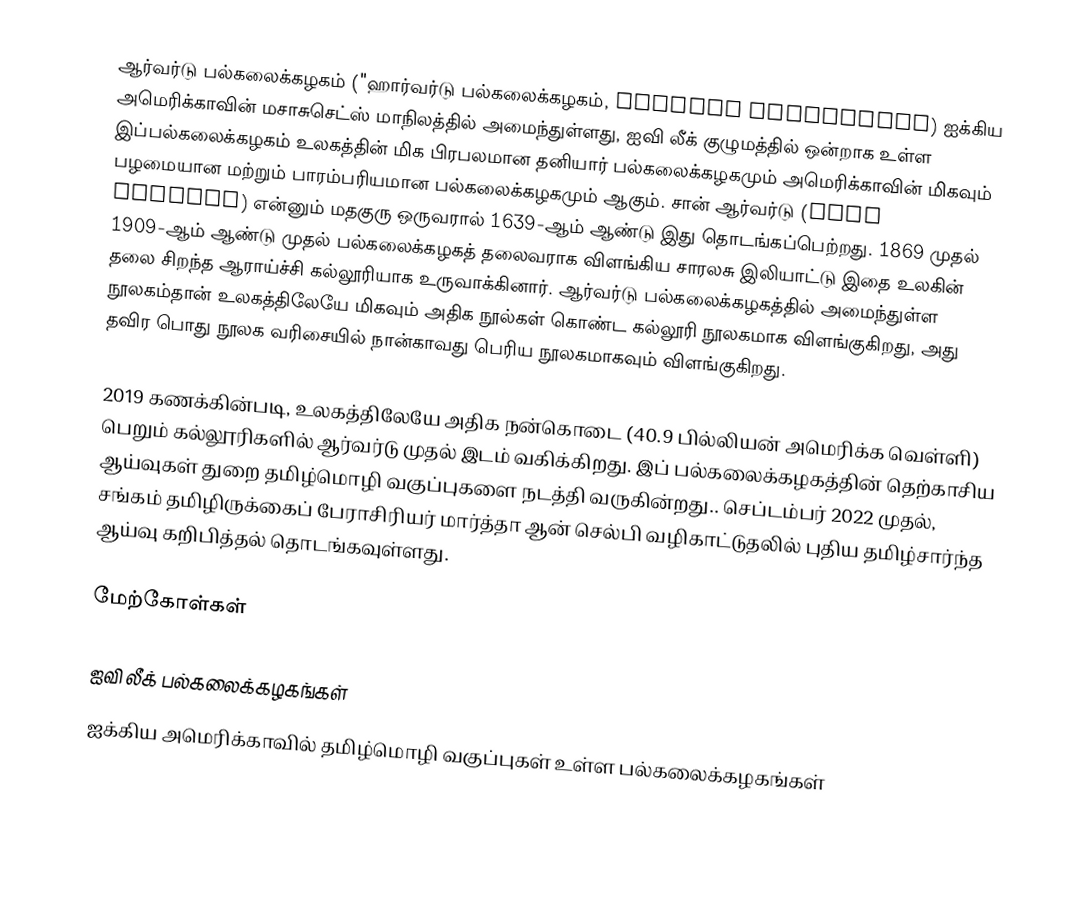
ஆர்வர்டு பல்கலைக்கழகம் ("ஹார்வர்டு பல்கலைக்கழகம், Harvard University) ஐக்கிய அமெரிக்காவின் மசாசுசெட்ஸ் மாநிலத்தில் அமைந்துள்ளது, ஐவி லீக் குழுமத்தில் ஒன்றாக உள்ள இப்பல்கலைக்கழகம் உலகத்தின் மிக பிரபலமான தனியார் பல்கலைக்கழகமும் அமெரிக்காவின் மிகவும் பழமையான மற்றும் பாரம்பரியமான பல்கலைக்கழகமும் ஆகும். சான் ஆர்வர்டு (John Harvard) என்னும் மதகுரு ஒருவரால் 1639-ஆம் ஆண்டு இது தொடங்கப்பெற்றது. 1869 முதல் 1909-ஆம் ஆண்டு முதல் பல்கலைக்கழகத் தலைவராக விளங்கிய சாரலசு இலியாட்டு இதை உலகின் தலை சிறந்த ஆராய்ச்சி கல்லூரியாக உருவாக்கினார். ஆர்வர்டு பல்கலைக்கழகத்தில் அமைந்துள்ள நூலகம்தான் உலகத்திலேயே மிகவும் அதிக நூல்கள் கொண்ட கல்லூரி நூலகமாக விளங்குகிறது, அது தவிர பொது நூலக வரிசையில் நான்காவது பெரிய நூலகமாகவும் விளங்குகிறது.

2019 கணக்கின்படி, உலகத்திலேயே அதிக நன்கொடை (40.9 பில்லியன் அமெரிக்க வெள்ளி) பெறும் கல்லூரிகளில் ஆர்வர்டு முதல் இடம் வகிக்கிறது. இப் பல்கலைக்கழகத்தின் தெற்காசிய ஆய்வுகள் துறை தமிழ்மொழி வகுப்புகளை நடத்தி  வருகின்றது.. செப்டம்பர் 2022 முதல், சங்கம் தமிழிருக்கைப் பேராசிரியர் மார்த்தா ஆன் செல்பி வழிகாட்டுதலில் புதிய தமிழ்சார்ந்த ஆய்வு கறிபித்தல் தொடங்கவுள்ளது.

மேற்கோள்கள்

ஐவி லீக் பல்கலைக்கழகங்கள்
ஐக்கிய அமெரிக்காவில் தமிழ்மொழி வகுப்புகள் உள்ள பல்கலைக்கழகங்கள்